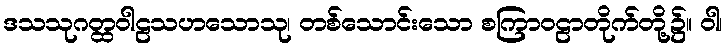
ဒသသုဂတ္ထဝါဠသဟသောသု၊ တစ်သောင်းသော စကြာဝဠာတိုက်တို့၌။ ဝါ၊